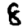
Digit: 8